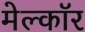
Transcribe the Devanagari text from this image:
मेल्कॉर